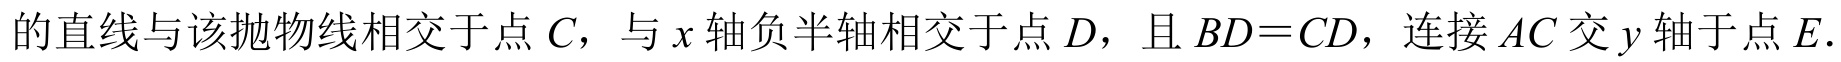
的直线与该抛物线相交于点$C$，与$x$轴负半轴相交于点$D$，且$BD = CD$，连接$AC$交$y$轴于点$E$.